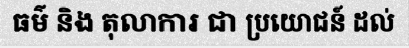
ធម៌ និង តុលាការ ជា ប្រយោជន៍ ដល់